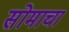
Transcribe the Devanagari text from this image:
सोमाचा